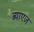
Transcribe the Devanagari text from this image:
ब्याएज